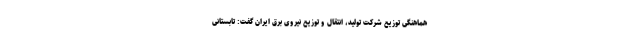
هماهنگی توزیع شرکت تولید، انتقال و توزیع نیروی برق ایران گفت: تابستانی